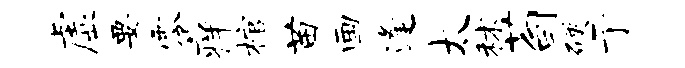
虚要零痒棺苗画逢太秫荀硬亍